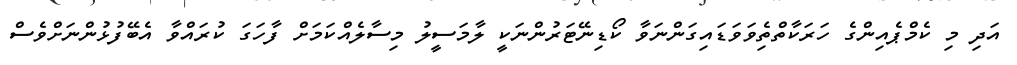
އަދި މި ކެމްޕެއިންގެ ހަރަކާތްތެިވަވަޑައިގަންނަވާ ކޯޑިނޭޓަރުންނަކީ ލާމަސީލު މިސާލެއްކަމަށް ފާހަގަ ކުރައްވާ އެބޭފުޅުންނަށްވެސް